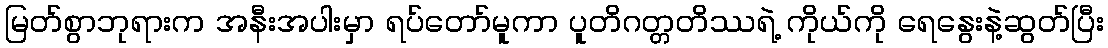
မြတ်စွာဘုရားက အနီးအပါးမှာ ရပ်တော်မူကာ ပူတိဂတ္တတိဿရဲ့ ကိုယ်ကို ရေနွေးနဲ့ဆွတ်ပြီး